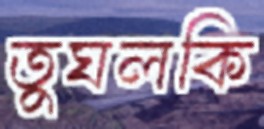
তুঘলকি